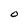
Character: O